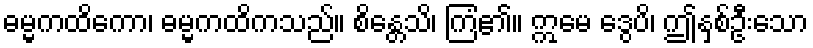
ဓမ္မကထိကော၊ ဓမ္မကထိကသည်။ စိန္တေသိ၊ ကြံ၏။ ဣမေ ဒွေပိ၊ ဤနှစ်ဦးသော